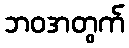
ဘဝအတွက်